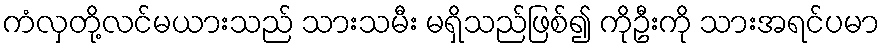
ကံလှတို့လင်မယားသည် သားသမီး မရှိသည်ဖြစ်၍ ကိုဦးကို သားအရင်ပမာ